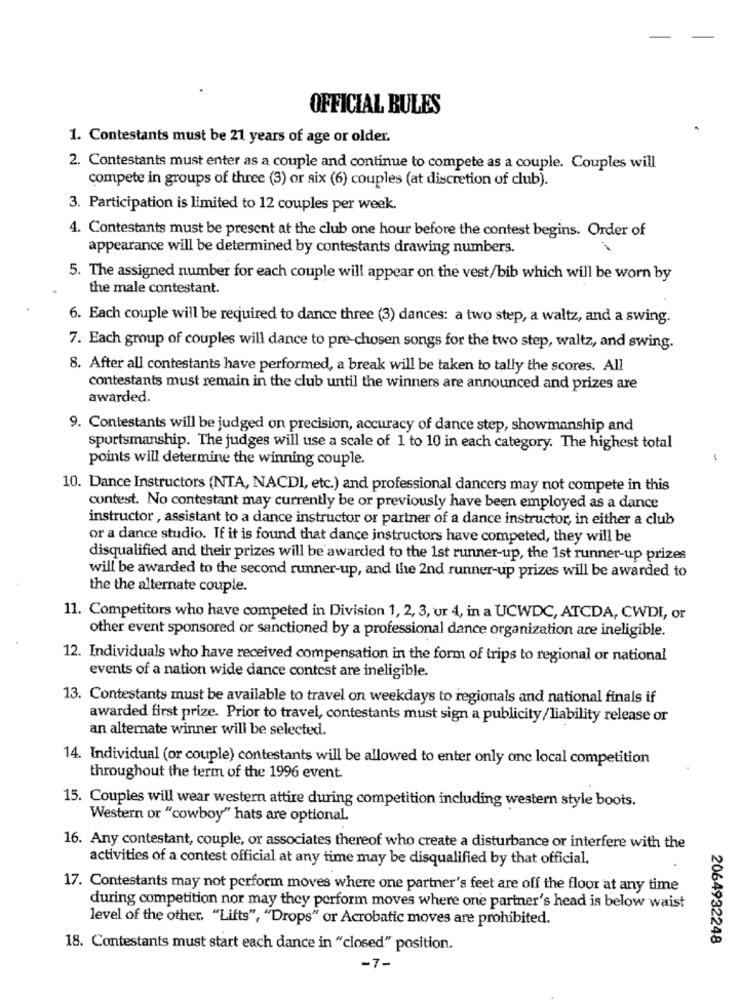
OFFICIAL BULES
1. Contestants must be 21 years of age or older.
2. Contestants must enter as a couple and continue to compete as a couple. Couples will
compete in groups of three (3) or six (6) couples (at discretion of club).
3. Participation is limited to 12 couples per week.
4. Contestants must be present at the club one hour before the contest begins. Order of
appearance will be determined by contestants drawing numbers.
5. The assigned number for each couple will appear on the vest/bib which will be worn by
the male contestant.
6. Each couple will be required to dance three (3) dances: a two step, a waltz, and a swing.
7. Each group of couples will dance to pre-chosen songs for the two step, waltz, and swing.
8. After all contestants have performed, a break will be taken to tally the scores. All
contestants must remain in the club until the winners are announced and prizes are
awarded.
9. Contestants will be judged on precision, accuracy of dance step, showmanship and
sportsmanship. The judges will use a scale of 1 to 10 in each category. The highest total
points will determine the winning couple.
10. Dance Instructors (NTA, NACDI, etc.) and professional dancers may not compete in this
contest. No contestant may currently be or previously have been employed as a dance
instructor , assistant to a dance instructor or partner of a dance instructor, in either a club
or a dance studio. If it is found that dance instructors have competed, they will be
disqualified and their prizes will be awarded to the 1st runner-up, the 1st runner-up prizes
will be awarded to the second runner-up, and the 2nd runner-up prizes will be awarded to
the the alternate couple.
11. Competitors who have competed in Division 1, 2, 3, ur 4, in a UCWDC, ATCDA, CWDI, or
other event sponsored or sanctioned by a professional dance organization are ineligible.
12. Individuals who have received compensation in the form of trips to regional or national
events of a nation wide dance contest are ineligible.
13. Contestants must be available to travel on weekdays to regionals and national finals if
awarded first prize. Prior to travel, contestants must sign a publicity/liability release or
an alternate winner will be selected.
14. Individual (or couple) contestants will be allowed to enter only one local competition
throughout the term of the 1996 event.
15. Couples will wear western attire during competition including western style boots.
Western or "cowboy" hats are optional.
16. Any contestant, couple, or associates thereof who create a disturbance or interfere with the
activities of a contest official at any time may be disqualified by that official.
17. Contestants may not perform moves where one partner's feet are off the floor at any time
during competition nor may they perform moves where one partner's head is below waist
level of the other. "Lifts", "Drops" or Acrobatic moves are prohibited.
2064932248
18. Contestants must start each dance in "closed" position.
-7-